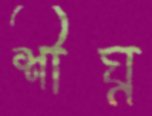
শীঘ্ন